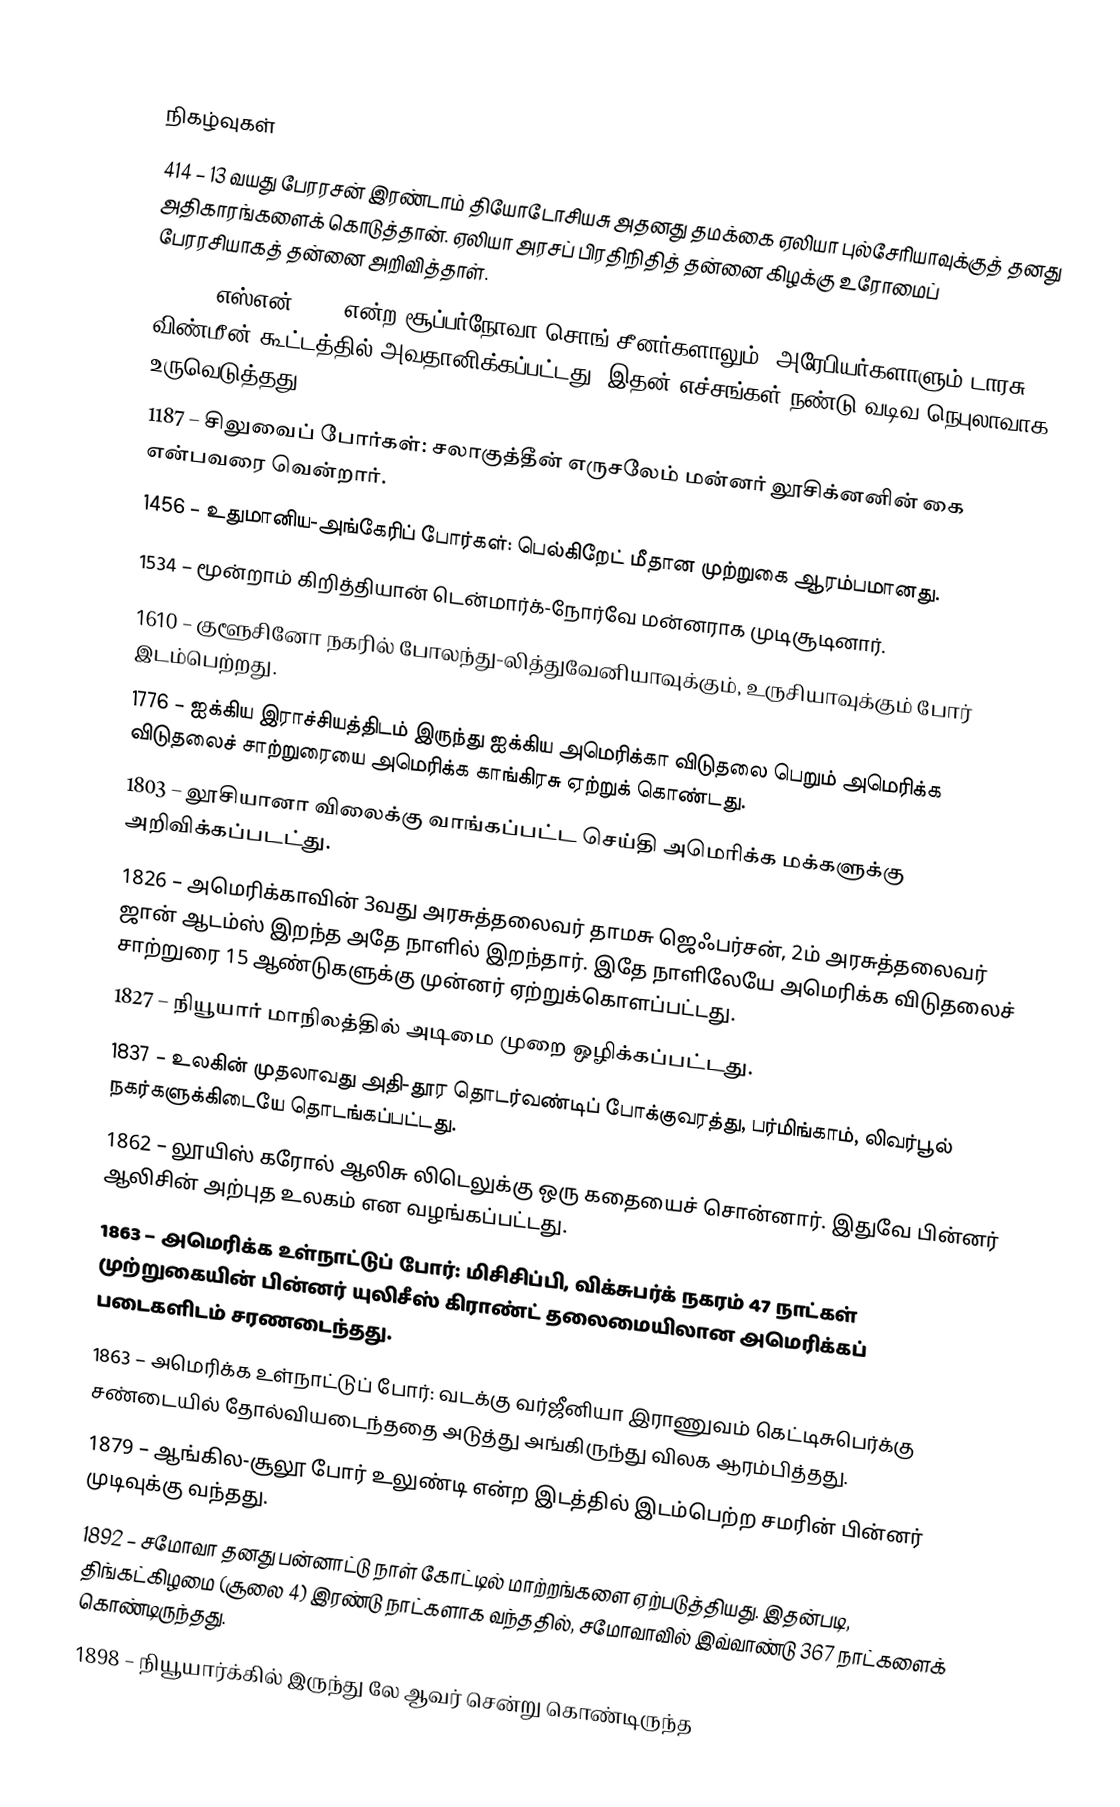

நிகழ்வுகள்
 414 – 13 வயது பேரரசன் இரண்டாம் தியோடோசியசு அதனது தமக்கை ஏலியா புல்சேரியாவுக்குத் தனது அதிகாரங்களைக் கொடுத்தான். ஏலியா அரசப் பிரதிநிதித் தன்னை கிழக்கு உரோமைப் பேரரசியாகத் தன்னை அறிவித்தாள்.
1054 – எஸ்என் 1054 என்ற சூப்பர்நோவா சொங் சீனர்களாலும், அரேபியர்களாளும் டாரசு விண்மீன் கூட்டத்தில் அவதானிக்கப்பட்டது. இதன் எச்சங்கள் நண்டு வடிவ நெபுலாவாக உருவெடுத்தது.
1187 – சிலுவைப் போர்கள்: சலாகுத்தீன் எருசலேம் மன்னர் லூசிக்னனின் கை என்பவரை வென்றார்.
1456 – உதுமானிய-அங்கேரிப் போர்கள்: பெல்கிறேட் மீதான முற்றுகை ஆரம்பமானது.
1534 – மூன்றாம் கிறித்தியான் டென்மார்க்-நோர்வே மன்னராக முடிசூடினார்.
1610 – குளூசினோ நகரில் போலந்து-லித்துவேனியாவுக்கும், உருசியாவுக்கும் போர் இடம்பெற்றது.
1776 – ஐக்கிய இராச்சியத்திடம் இருந்து ஐக்கிய அமெரிக்கா விடுதலை பெறும் அமெரிக்க விடுதலைச் சாற்றுரையை அமெரிக்க காங்கிரசு ஏற்றுக் கொண்டது.
1803 – லூசியானா விலைக்கு வாங்கப்பட்ட செய்தி அமெரிக்க மக்களுக்கு அறிவிக்கப்படட்து.
1826 – அமெரிக்காவின் 3வது அரசுத்தலைவர் தாமசு ஜெஃபர்சன், 2ம் அரசுத்தலைவர் ஜான் ஆடம்ஸ் இறந்த அதே நாளில் இறந்தார். இதே நாளிலேயே அமெரிக்க விடுதலைச் சாற்றுரை 15 ஆண்டுகளுக்கு முன்னர் ஏற்றுக்கொளப்பட்டது.
1827 – நியூயார் மாநிலத்தில் அடிமை முறை ஒழிக்கப்பட்டது.
1837 – உலகின் முதலாவது அதி-தூர தொடர்வண்டிப் போக்குவரத்து, பர்மிங்காம், லிவர்பூல் நகர்களுக்கிடையே தொடங்கப்பட்டது.
1862 – லூயிஸ் கரோல் ஆலிசு லிடெலுக்கு ஒரு கதையைச் சொன்னார். இதுவே பின்னர் ஆலிசின் அற்புத உலகம் என வழங்கப்பட்டது.
1863 – அமெரிக்க உள்நாட்டுப் போர்: மிசிசிப்பி, விக்சுபர்க் நகரம் 47 நாட்கள் முற்றுகையின் பின்னர் யுலிசீஸ் கிராண்ட் தலைமையிலான அமெரிக்கப் படைகளிடம் சரணடைந்தது.
1863 – அமெரிக்க உள்நாட்டுப் போர்: வடக்கு வர்ஜீனியா இராணுவம் கெட்டிசுபெர்க்கு சண்டையில் தோல்வியடைந்ததை அடுத்து அங்கிருந்து விலக ஆரம்பித்தது.
1879 – ஆங்கில-சூலூ போர் உலுண்டி என்ற இடத்தில் இடம்பெற்ற சமரின் பின்னர் முடிவுக்கு வந்தது.
1892 – சமோவா தனது பன்னாட்டு நாள் கோட்டில் மாற்றங்களை ஏற்படுத்தியது. இதன்படி, திங்கட்கிழமை (சூலை 4) இரண்டு நாட்களாக வந்ததில், சமோவாவில் இவ்வாண்டு 367 நாட்களைக் கொண்டிருந்தது.
1898 – நியூயார்க்கில் இருந்து லே ஆவர் சென்று கொண்டிருந்த